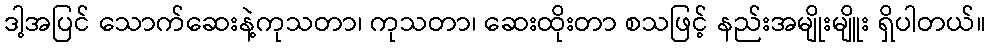
ဒါ့အပြင် သောက်ဆေးနဲ့ကုသတာ၊ ကုသတာ၊ ဆေးထိုးတာ စသဖြင့် နည်းအမျိုးမျိူး ရှိပါတယ်။